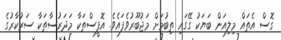
ގޮސް އެތައް މިލިއަން ބަޔަކު ގޭގައި ތިބުމަށް މަޖުބޫރުވެފައެވެ. އޮފީސްތަކާ މަދަރުސާތަކާ ސަރުކާރުގެ